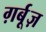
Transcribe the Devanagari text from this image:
ग़र्बूज़